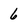
Character: 6